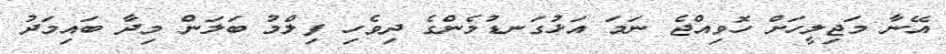
އޭނާ މަޖިލީހަށް ހޮވިއްޖެ ނަމަ އަޅުގަނޑުމެންގެ ދިވެހި ފިލްމު ބަލަން މިދާ ބައިމަދު